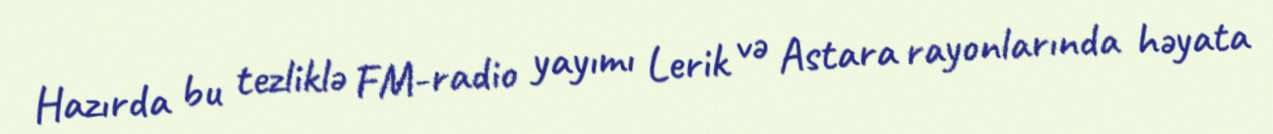
Hazırda bu tezliklə FM-radio yayımı Lerik və Astara rayonlarında həyata